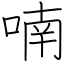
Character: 喃